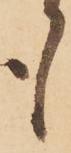
も